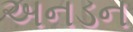
અનડન